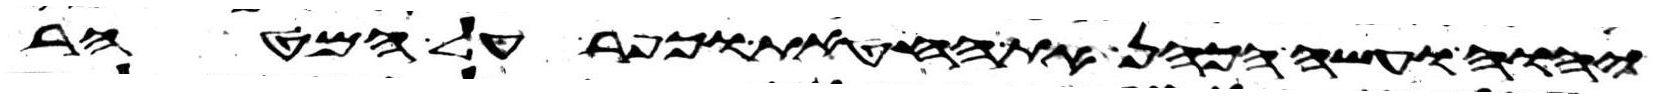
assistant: יהוה ועשה הכהן את החטאת וכפר על המטהר